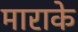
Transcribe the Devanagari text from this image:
माराके